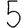
Digit: 5